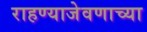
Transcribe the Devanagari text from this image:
राहण्याजेवणाच्या